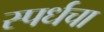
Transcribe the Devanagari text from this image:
स्पर्धचा